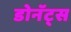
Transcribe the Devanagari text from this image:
डोनॅट्स